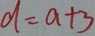
d = a + 3